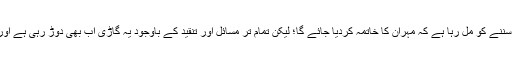
کئی سالوں سے ہمیں سننے کو مل رہا ہے کہ مہران کا خاتمہ کردیا جائے گا؛ لیکن تمام تر مسائل اور تنقید کے باوجود یہ گاڑی اب بھی دوڑ رہی ہے اور خوب دوڑ رہی ہے۔